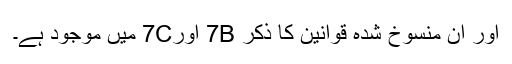
اور ان منسوخ شدہ قوانین کا ذکر 7B اور7C میں موجود ہے۔